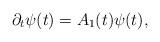
LaTeX: \begin{align*} \begin{array}{ll} \partial_t \psi(t) = A_{1}(t) \psi(t), \end{array} \end{align*}